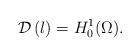
LaTeX: \begin{align*}{\mathcal{D}}\left( \l \right) = H_0^1(\Omega).\end{align*}